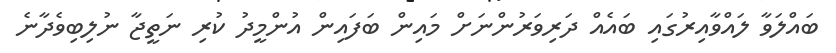
ބައްލަވާ ލައްވާއިރުގައި ބައެއް ދަރިވަރުންނަށް މައިން ބަފައިން އުންމީދު ކުރި ނަތީޖާ ނުލިބިވެދާނެ